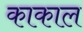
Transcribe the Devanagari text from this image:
काकाल